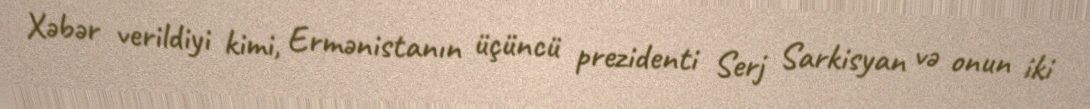
Xəbər verildiyi kimi, Ermənistanın üçüncü prezidenti Serj Sarkisyan və onun iki